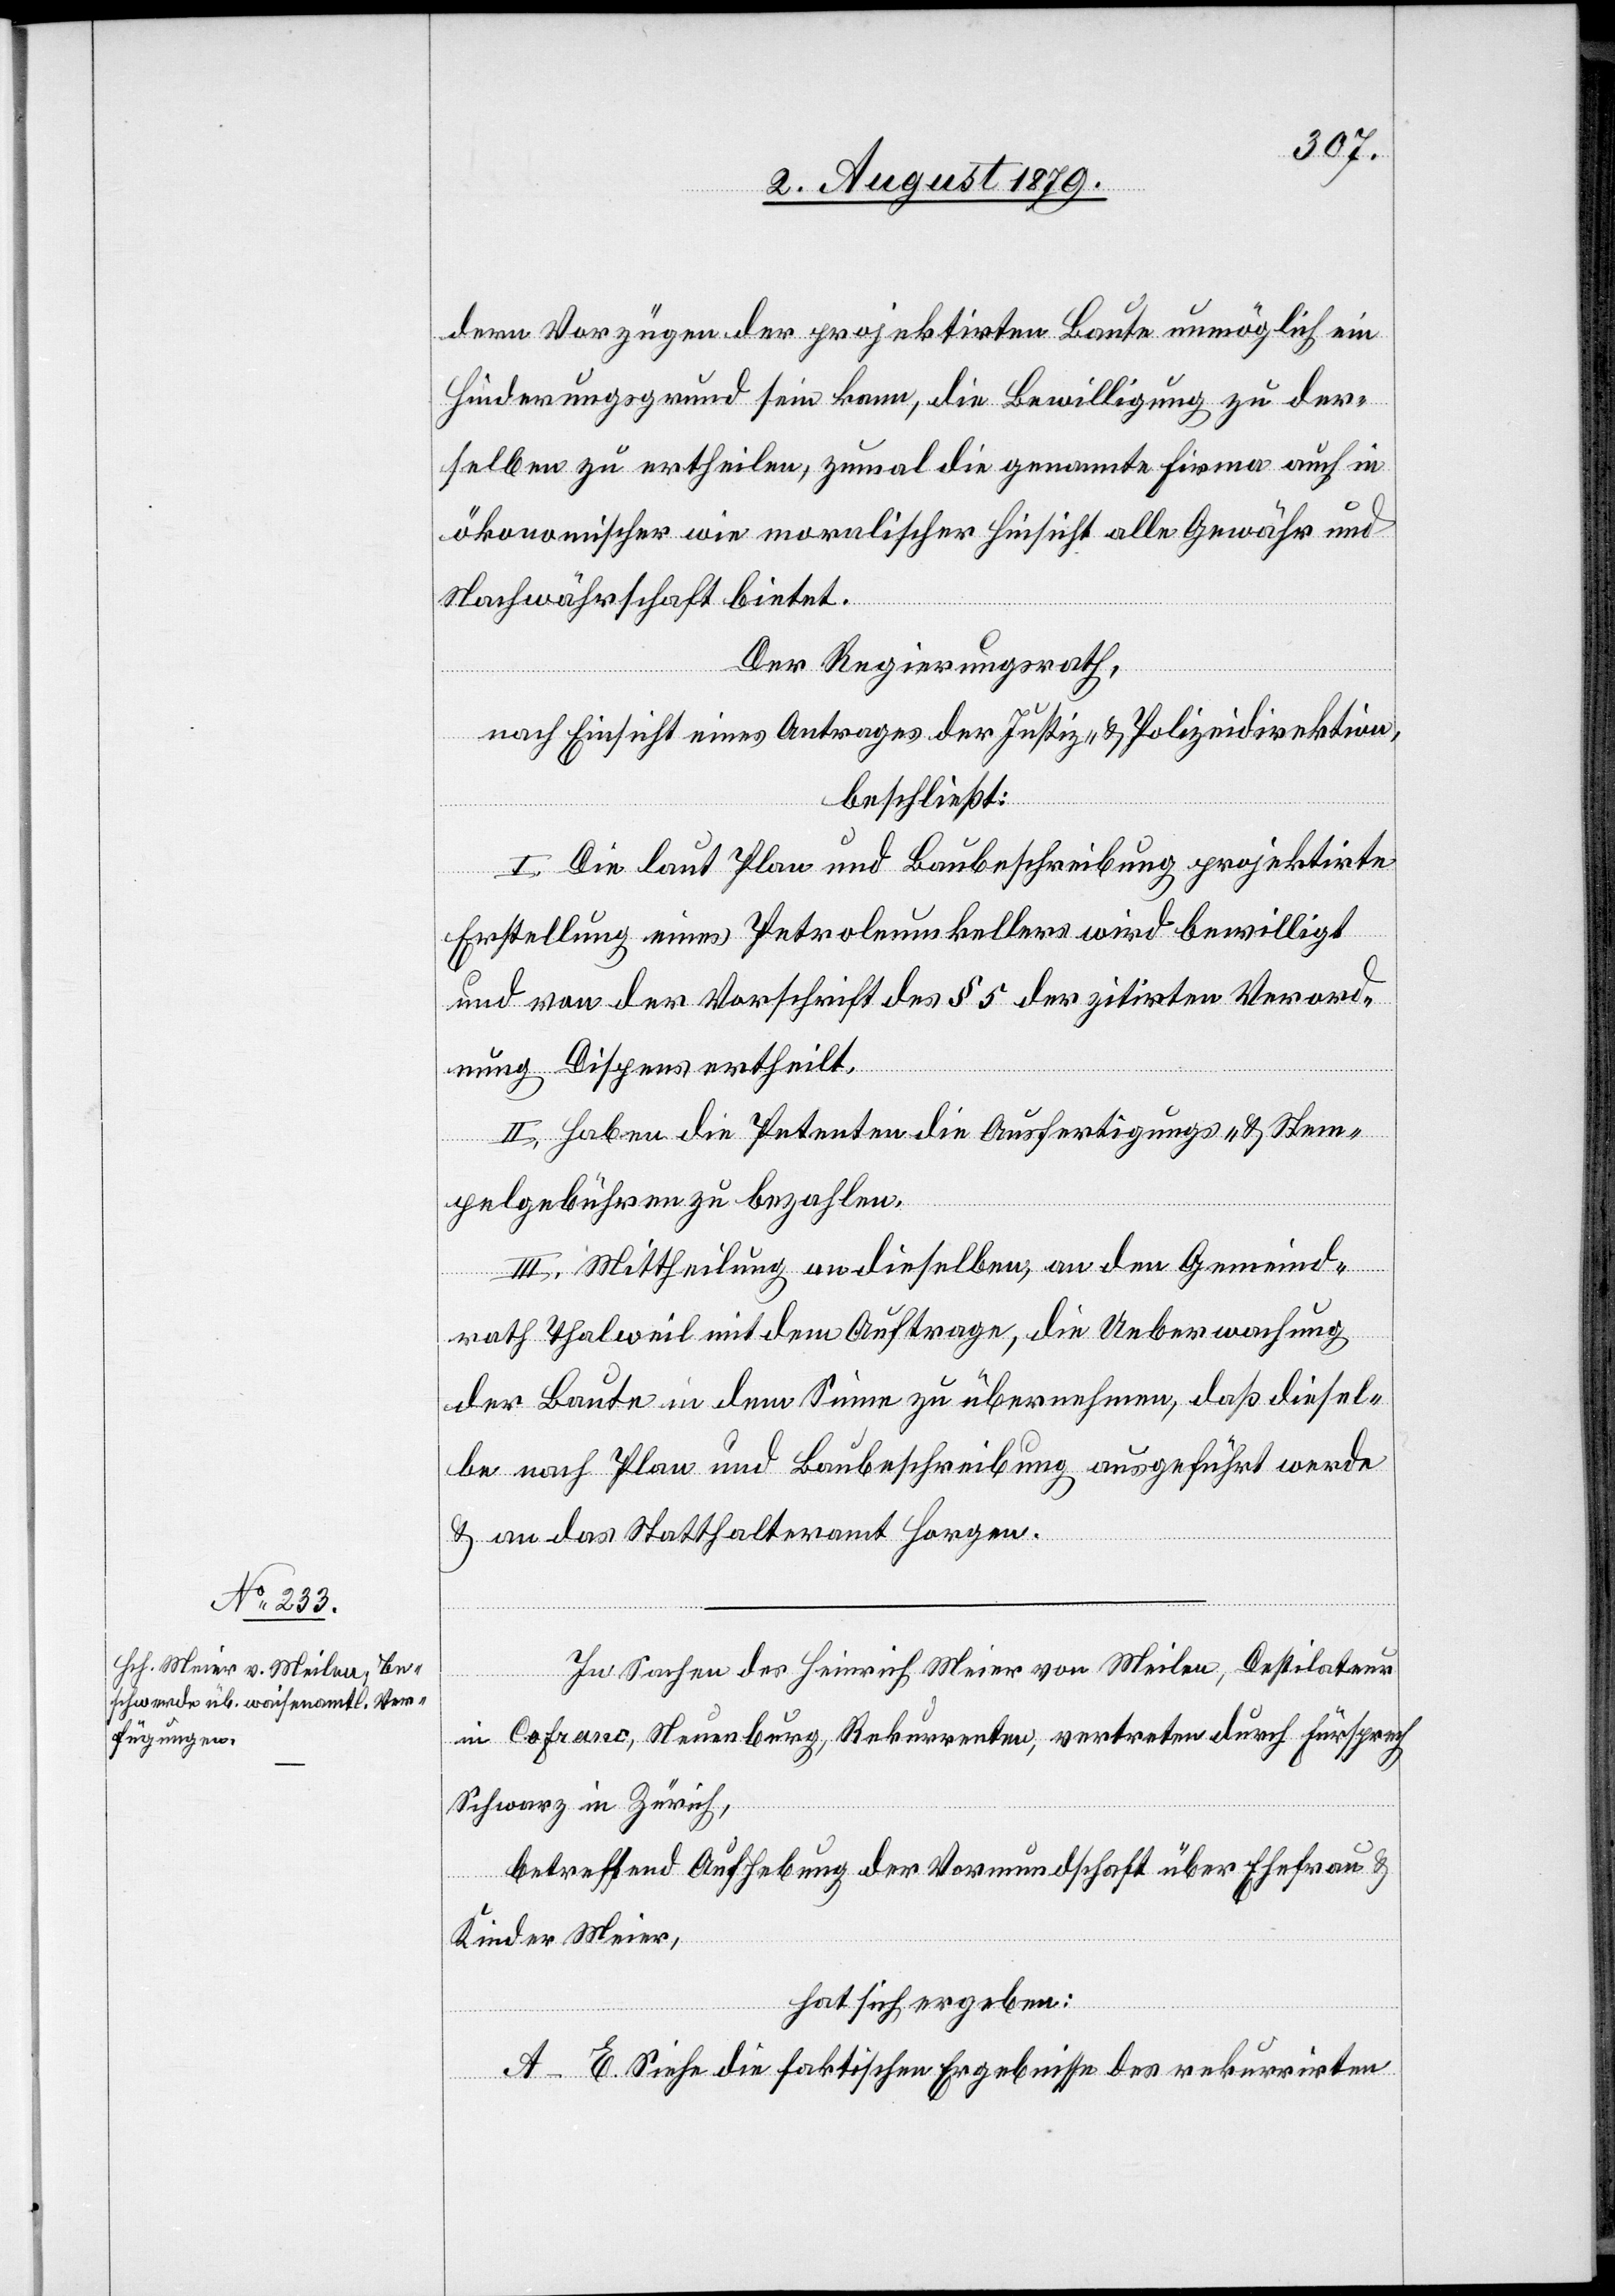
dern Vorzügen der projektirten Baute unmöglich ein
Hinderungsgrund sein kann, die Bewilligung zu der¬
selben zu ertheilen, zumal die genannte Firma auch in
ökonomischer wie moralischer Hinsicht alle Gewähr und
Nachwährschaft bietet.
Der Regierungsrath,
nach Einsicht eines Antrages der Justiz- & Polizeidirektion,
beschließt:
I. Die laut Plan und Baubeschreibung projektirte
Erstellung eines Petroleumkellers wird bewilligt
und von der Vorschrift des § 5 der zitirten Verord¬
nung Dispens ertheilt.
II. Haben die Petenten die Ausfertigungs- und Stem¬
pelgebühren zu bezahlen.
III. Mittheilung an dieselben, an den Gemeind¬
rath Thalweil mit dem Auftrage, die Ueberwachung
der Baute in dem Sinne zu übernehmen, daß diesel¬
be nach Plan und Baubeschreibung ausgeführt werde
& an das Statthalteramt Horgen.
In Sachen des Heinrich Meier von Meilen, Destilateur
in Cofranc, Neuenburg, Rekurrenten, vertreten durch Fürsprech
Schwarz in Zürich,
betreffend Aufhebung der Vormundschaft über Ehefrau &
Kinder Meier,
hat sich ergeben:
A–E. Siehe die faktischen Ergebnisse des rekurrirten